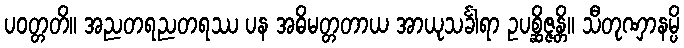
ပဝတ္တတိ။ အညတရညတရဿ ပန အဓိမတ္တတာယ အာယုသင်္ခါရာ ဥပစ္ဆိဇ္ဇန္တိ။ သီတုဏှာနမ္ပိ